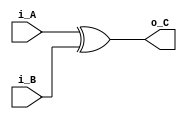
module myxorgate
    (
    input  i_A,
    input  i_B,
    output o_C
    );

    assign o_C = i_A ^ i_B;
endmodule